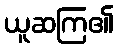
ယူဆကြ၏